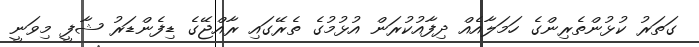
ގަތަރު ކުޅުންތެރިންގެ ހަމަލާއެއް ދިފާއުކުރަން އުޅުމުގެ ތެރޭގައި ރާއްޖޭގެ ޑިފެންޑަރު ޝާފީ މިވަނީ